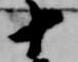
十